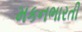
મકનભારતી